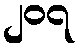
၂၀၇